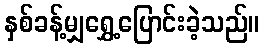
နှစ်ခန့်မျှရွှေ့ပြောင်းခဲ့သည်။